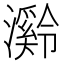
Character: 𪷶